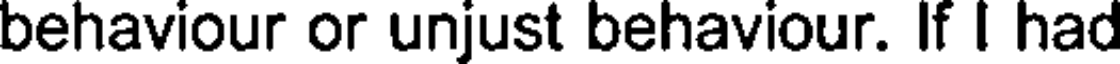
behaviour or unjust behaviour. If I had